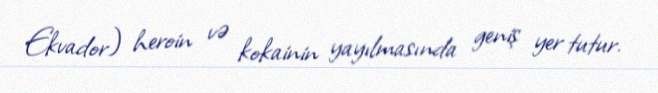
Ekvador) heroin və kokainin yayılmasında geniş yer tutur.